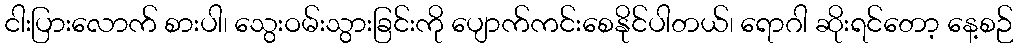
ငါးပြားလောက် စားပါ၊ သွေးဝမ်းသွားခြင်းကို ပျောက်ကင်းစေနိုင်ပါတယ်၊ ရောဂါ ဆိုးရင်တော့ နေ့စဉ်